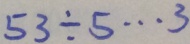
5 3 \div 5 \cdots 3